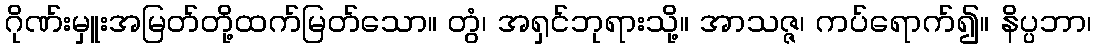
ဂိုဏ်းမှူးအမြတ်တို့ထက်မြတ်သော။ တွံ၊ အရှင်ဘုရားသို့။ အာသဇ္ဇ၊ ကပ်ရောက်၍။ နိပ္ပဘာ၊